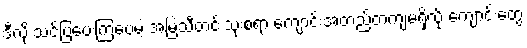
ဒီလို သင်ပြပေးကြပေမဲ့ အမြဲသီတင်းသုံးစရာ ကျောင်းအတည်တကျမရှိလို့ ကျောင်းတွေ